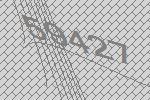
59427